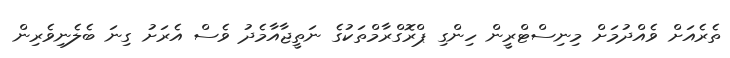
ތެރެއަށް ވެއްދުމަށް މިނިސްޓްރީން ހިންގި ޕްރޮގްރާމްތަކުގެ ނަތީޖާއާމެދު ވެސް އެރަށު ގިނަ ބެލެނިވެރިން